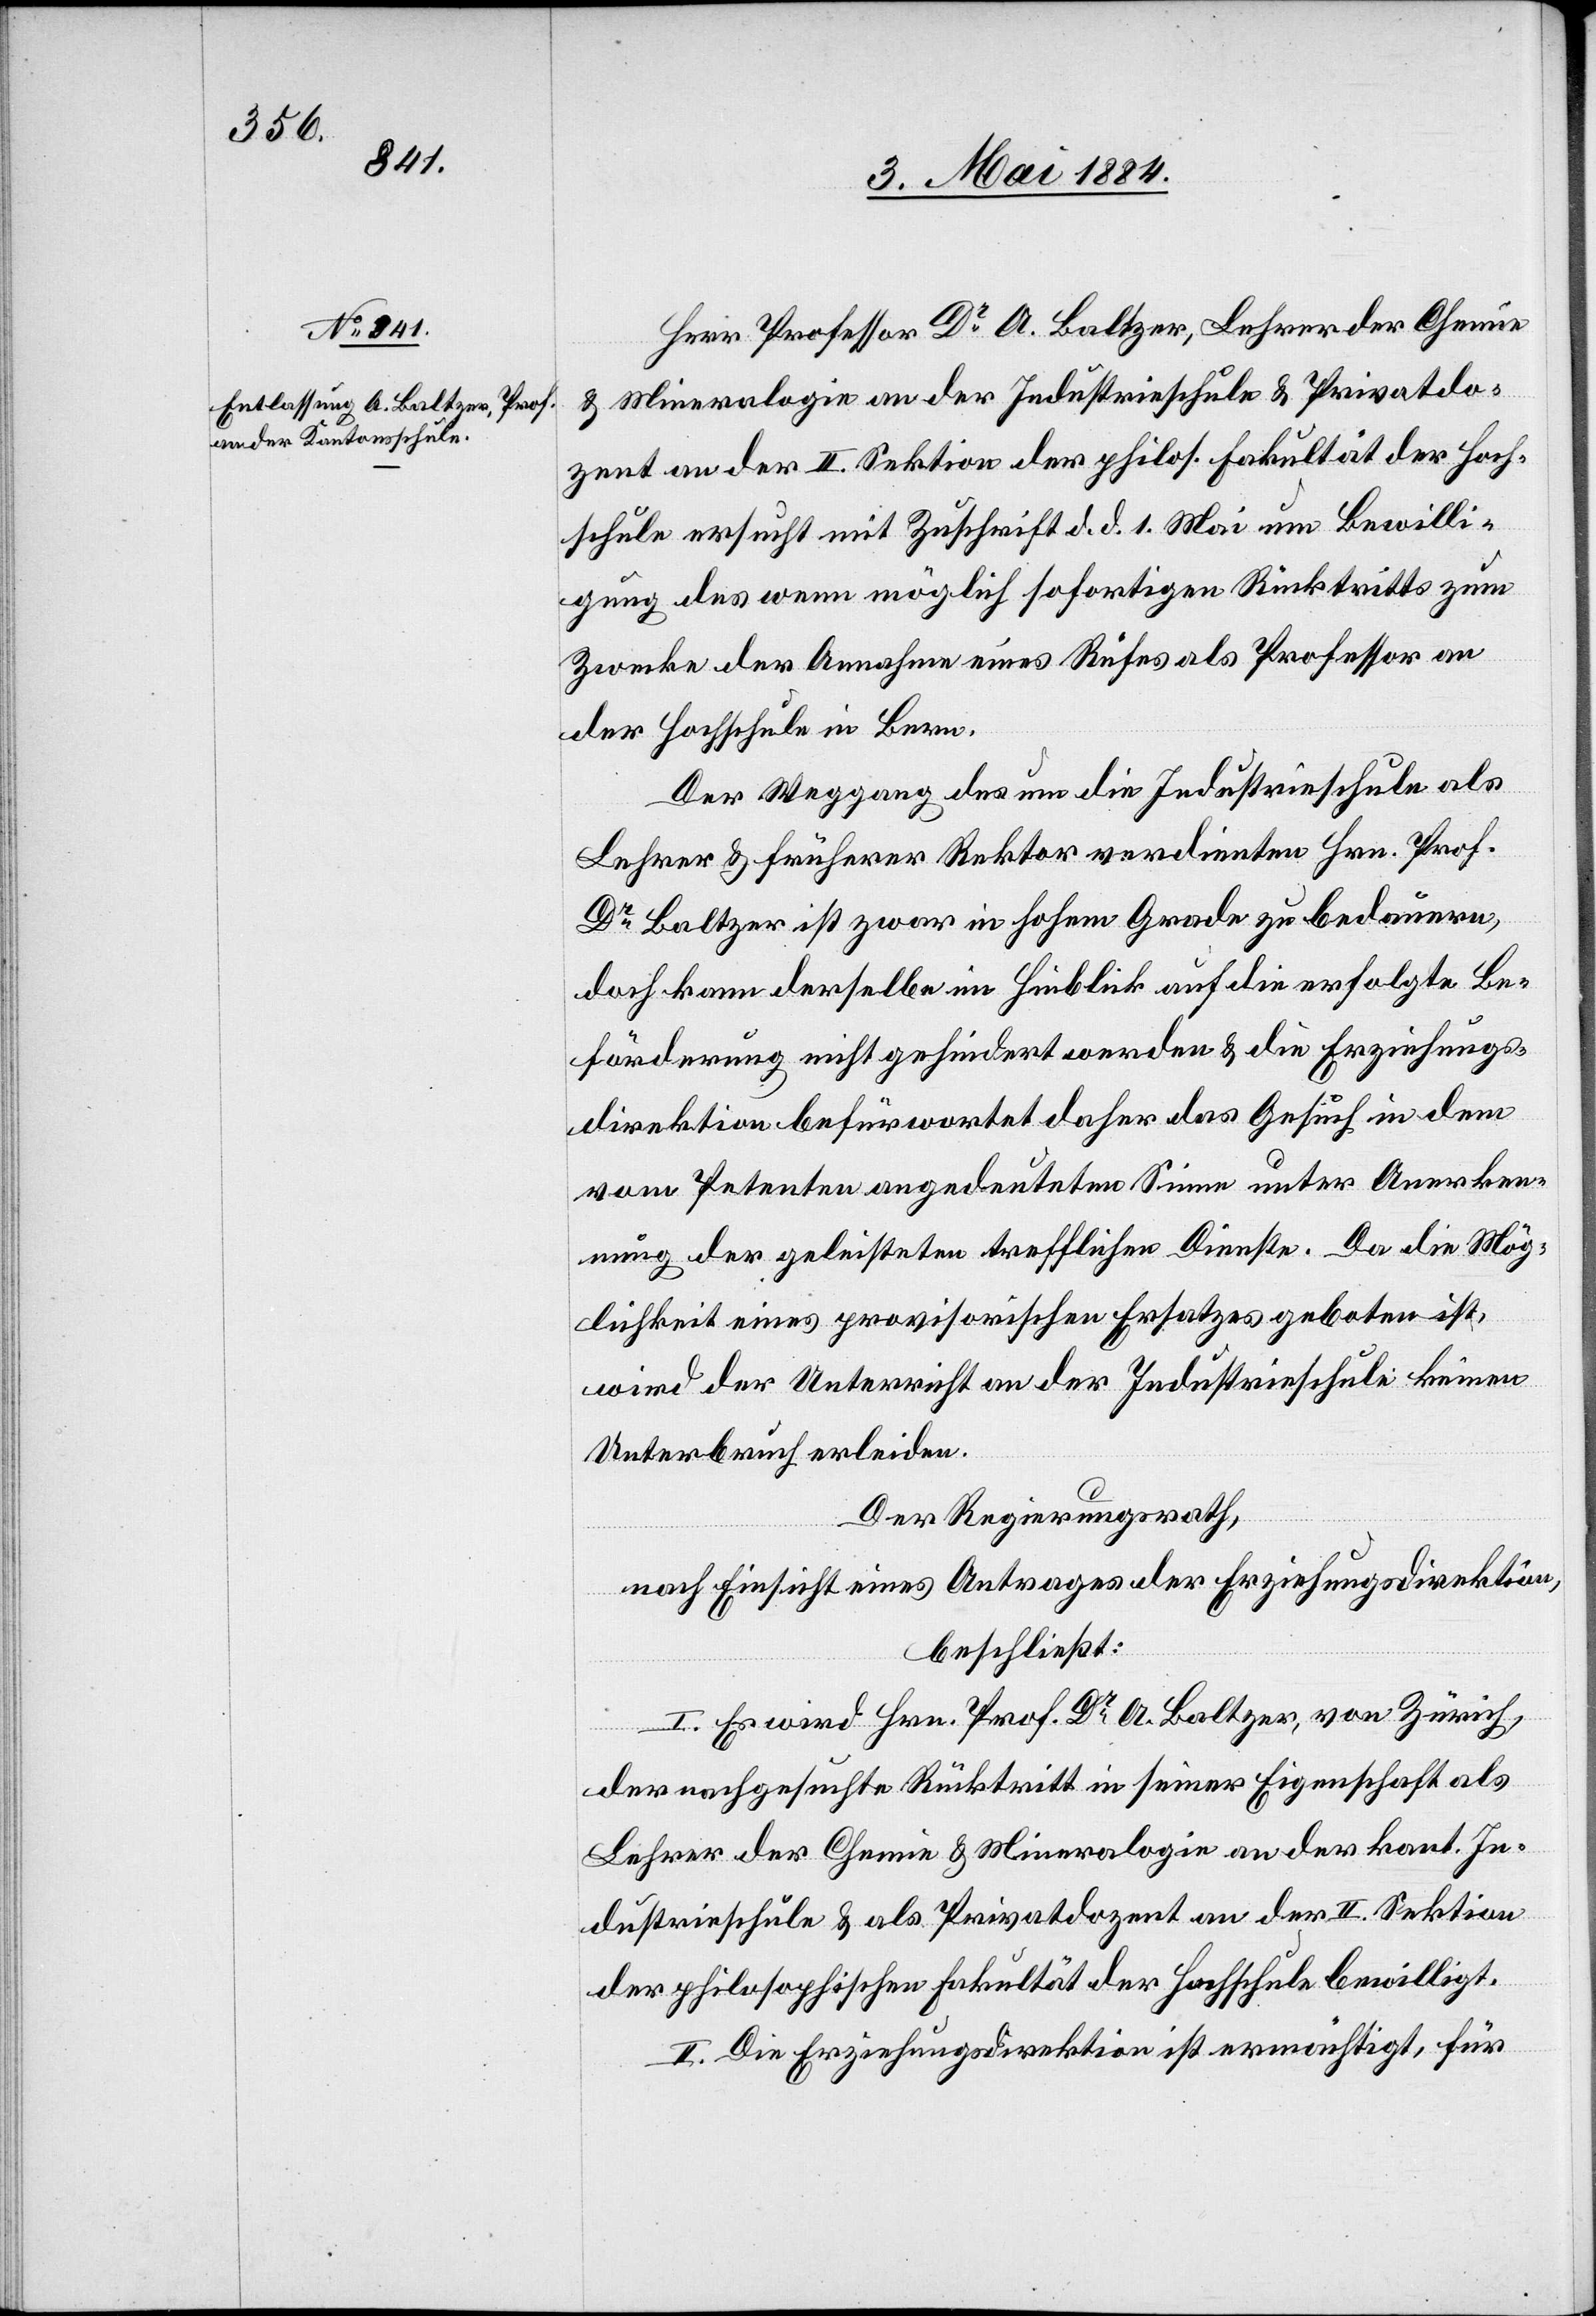
Herr Professor Dr A. Baltzer, Lehrer der Chemie
& Mineralogie an der Industrieschule & Privatdo¬
zent an der II. Sektion der philos. Fakultät der Hoch¬
schule ersucht mit Zuschrift d. d. 1. Mai um Bewilli¬
gung des wenn möglich sofortigen Rücktritts zum
Zwecke der Annahme eines Rufes als Professor an
der Hochschule in Bern.
Der Weggang des um die Industrieschule als
Lehrer & früherer Rektor verdienten Hrn. Prof.
Dr Baltzer ist zwar in hohem Grade zu bedauern,
doch kann derselbe im Hinblick auf die erfolgte Be¬
förderung nicht gehindert werden & die Erziehungs¬
direktion befürwortet daher das Gesuch in dem
vom Petenten angedeuteten Sinne unter Anerken¬
nung der geleisteten trefflichen Dienste. Da die Mög¬
lichkeit eines provisorischen Ersatzes geboten ist,
wird der Unterricht an der Industrieschule keinen
Unterbruch erleiden.
Der Regierungsrath,
nach Einsicht eines Antrages der Erziehungsdirektion,
beschließt:
I. Es wird Hrn. Prof. Dr. A. Baltzer, von Zürich,
der nachgesuchte Rücktritt in seiner Eigenschaft als
Lehrer der Chemie & Mineralogie an der kant. In¬
dustrieschule & als Privatdozent an der II. Sektion
der philosophischen Fakultät der Hochschule bewilligt.
II. Die Erziehungsdirektion ist ermächtigt, für